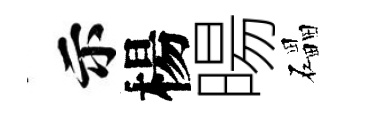
示楊暘礧